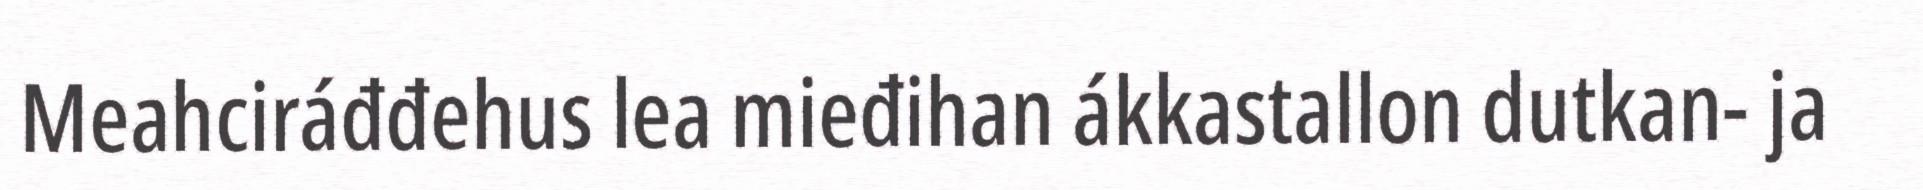
Meahciráđđehus lea mieđihan ákkastallon dutkan- ja